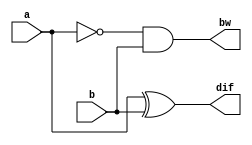
module half_sub(a,b,dif,bw);
    input a,b;
	  output dif,bw;
	  wire w1;
	
    xor x1 (dif,a,b);
    and a1 (bw,w1,b);
    not n1 (w1,a);
endmodule